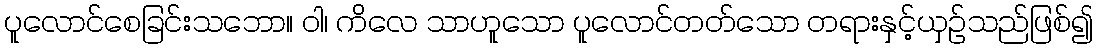
ပူလောင်စေခြင်းသဘော။ ဝါ၊ ကိလေ သာဟူသော ပူလောင်တတ်သော တရားနှင့်ယှဉ်သည်ဖြစ်၍